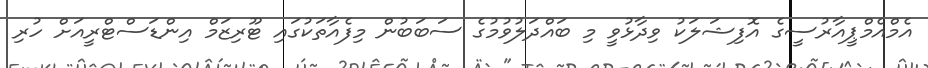
އެމްއެމްޕީއާރުސީގެ އޮފިޝަލަކު ވިދާޅުވީ މި ބައްދަލުވުމުގެ ސަބަބުން މިފެއާތަކުގައި ޓޫރިޒަމް އިންޑަސްޓްރީއަށް ހުރި